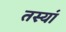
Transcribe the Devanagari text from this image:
तस्यां